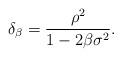
LaTeX: \begin{align*} \delta_{\beta}=\frac{\rho^2}{1-2\beta\sigma^2}. \end{align*}